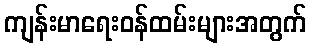
ကျန်းမာရေးဝန်ထမ်းများအတွက်